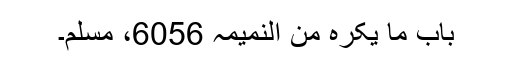
باب ما یکرہ من النمیمہ 6056، مسلم۔